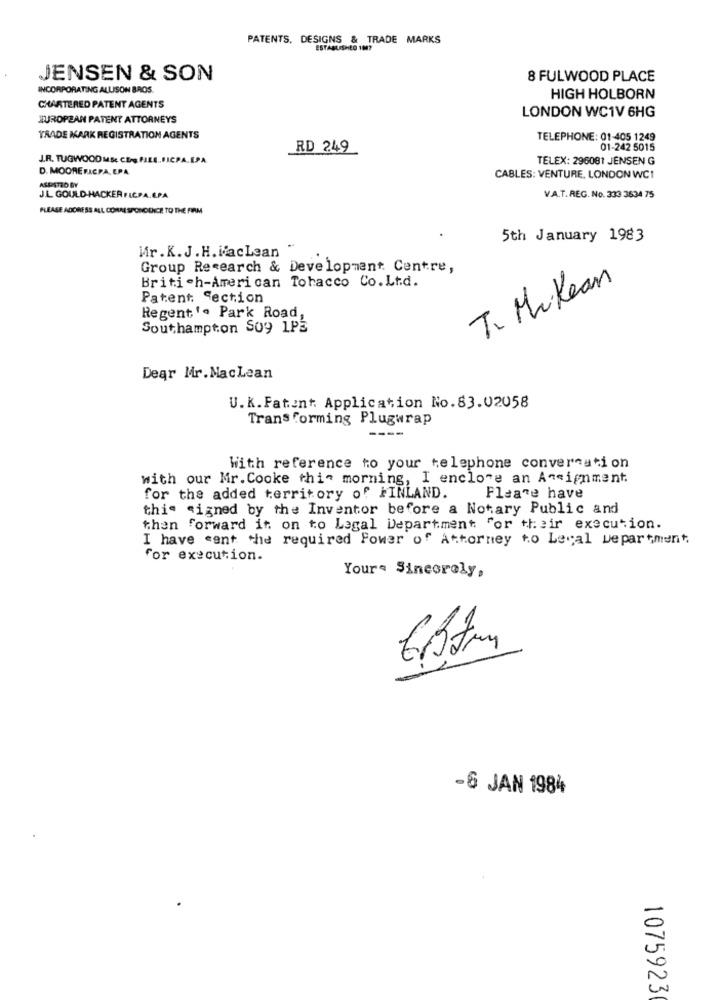
PATENTS. DESIGNS & TRADE MARKS
ESTABLISHED 100?
JENSEN & SON
8 FULWOOD PLACE
INCORPORATING ALLISON BROS.
HIGH HOLBORN
CHARTERED PATENT AGENTS
LONDON WC1V 6HG
EUROPEAN PATENT ATTORNEYS
TRADE MARK REGISTRATION AGENTS
TELEPHONE: 01-405 1249
RD 249
01-242 5015
J.R. TUGWOOD MSC CE-g FILE. FICPA.EPA.
TELEX: 296081 JENSEN G
D. MOORE FICPA, EPA.
CABLES: VENTURE, LONDON WC1
ASPETTO BY
J.L. GOULD-HACKER FICPA.EPA
V.A.T.REG. No. 333 3634 75
PLEASE ADDRESS ALL COMME SPORCONICE TO THE FIRM
5th January 1983
Mr.K. J.H. HacLean
Group Research & Development Centre,
Britich-American Tobacco Co.Ltd.
T. Mikean
Patent: Section
Regent'. Park Road,
Southampton S09 1PE
Dear Mr. MacLean
U.K. Fatont. Application No.83.02058
Transforming Plugwrap
----
With reference to your telephone conversation
with our Mr.Cooke this morning, I enclose an Assignment.
for the added territory of FINLAND.
Please have
thie signed by the Inventor before a Notary Public and
then forward it on to Legal Department for their execution.
I have cent the required Power of Attorney to Legal Department,
for execution.
Yours Sincerely,
-6 JAN 1984
1075923